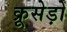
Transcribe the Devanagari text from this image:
क्रूसेड़ों